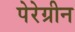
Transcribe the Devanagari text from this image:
पेरेग्रीन